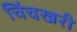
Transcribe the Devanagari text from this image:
चिंचखरी